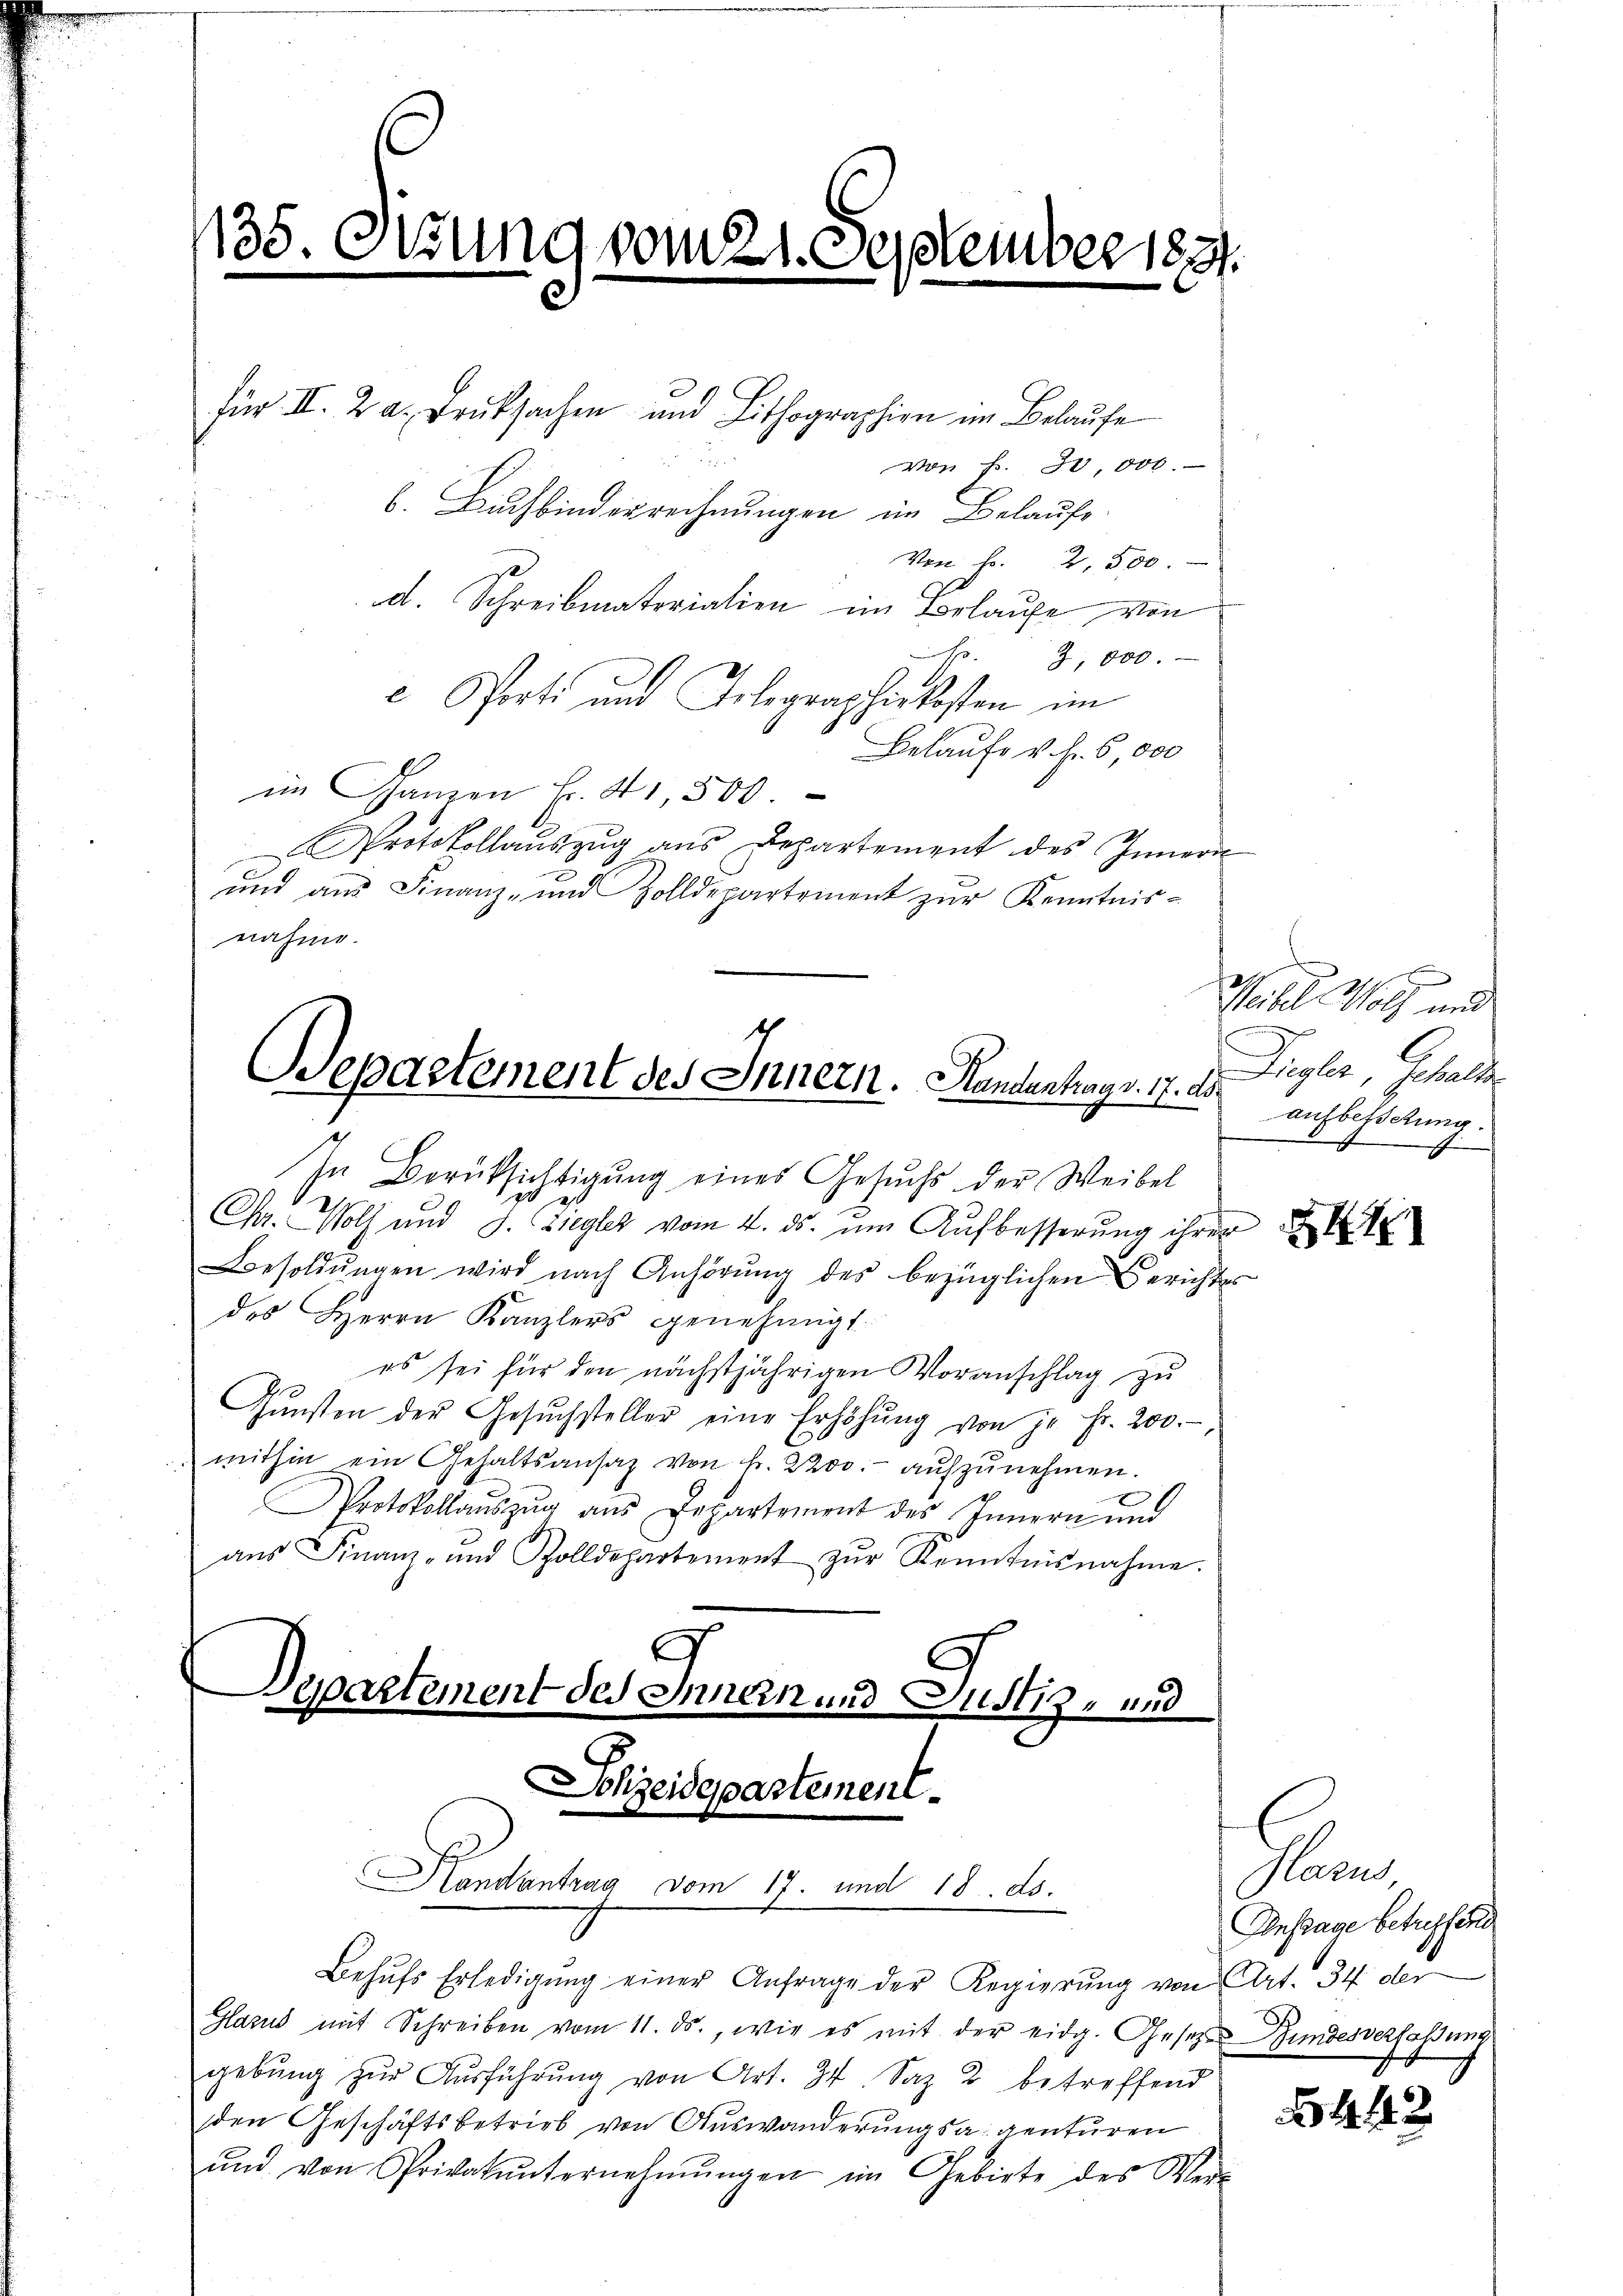
135.

ßung vom 21. September 1834.

für II. 2. a. Druksachen und Lithographien im Belaufe
von f. 30,000.
b. Buchbinderrechnungen im Belaufe
Von f. 2, 500.
d. Schreibmaterialien im Belaufe von
. 2, 800.
e Porte und Gelegraphirkosten im
Belaufe v. h. 6, 000
im Ganzen Fr. 41,500.
Protokollaŭszŭg ans Departement des Innern
und ans Finanz- und Zolldepartement zŭr Kenntnis-
nahme.
Repartement des Innern. Handenhag v. 17. d.
In Berüksichtigung eines Gesuchs der Weibel
Chr. Wolf und J. Ziegler vom 4. ds. um Aufbesserung ihrer
Besoldŭngen wird nach Anhörŭng des bezüglichen Berichtes
des Herrn Kanzlers genehmigt.
es sei für den nächstjährigen Voranschlag zŭ
Gŭnsten der Gesŭchsteller eine Erhöhŭng von je Fr. 200.
mithin ein Gehaltsansaz von k. 2200. aŭfzŭnehmen.
Protokollaŭszŭg ans Departement des Innern und
aŭs Finanz- und Zolldepartement zŭr Kenntnisnahme.
t
gartement des Innern und Justiz- und

Schzeidepartement.
Handantrag vom 17. und 18. ds.

Behŭfs Erledigŭng einer Anfrage der Regierŭng von Art. 34 der
Glarus mit Schreiben vom 11. ds., wie es mit der eidg. Gesetzes Bundesverfassung
gebŭng zŭr Aŭsführŭng von Art. 34 Saz. 2 betreffend
den Geschäftsbetrieb von Auswanderungsagenturen
ŭnd von Privakŭnternehmŭngen im Gebirte des Ver-

Waibel Wol und
l
Diegler, gehalte
aufbestitung.

8

m
Anstage betreffene

6442